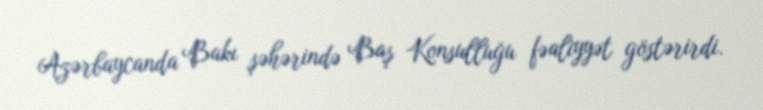
Azərbaycanda Bakı şəhərində Baş Konsulluğu fəaliyyət göstərirdi.